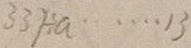
3 3 7 \div a \cdots 1 3